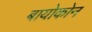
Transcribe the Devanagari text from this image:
बायोकोन